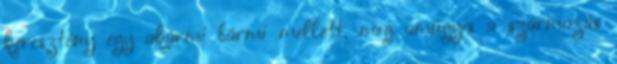
keresztény egy akármi bármi mellett, meg amúgyis a származás